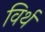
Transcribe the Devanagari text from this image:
विर्थ